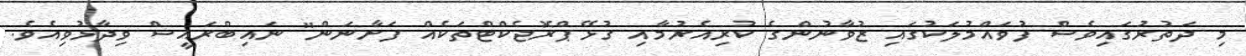
މި ދަތުރުގައިވެސް ފުވައްމުލަކުގައި ޒުވާނުންގެ ކުރިއެރުމާއި ގުޅޭ ޕްރޮޖެކްޓްތަކެއް ފަށާނަން" ނައިބްރައީސް ވިދާޅުވިއެވެ.